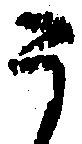
う